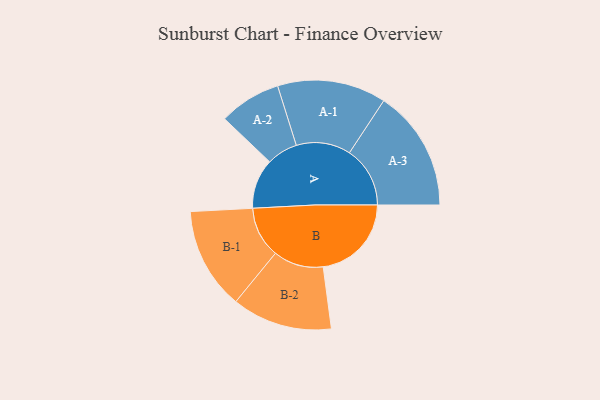
{"axis": {"x": "Segment", "y": "Value"}, "legend": ["", "A", "B"], "data": [{"x": "A", "y": 177, "type": ""}, {"x": "B", "y": 313, "type": ""}, {"x": "A-1", "y": 193, "type": "A"}, {"x": "A-2", "y": 110, "type": "A"}, {"x": "A-3", "y": 215, "type": "A"}, {"x": "B-1", "y": 181, "type": "B"}, {"x": "B-2", "y": 178, "type": "B"}]}